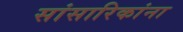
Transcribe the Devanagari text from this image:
सांसारिकांना